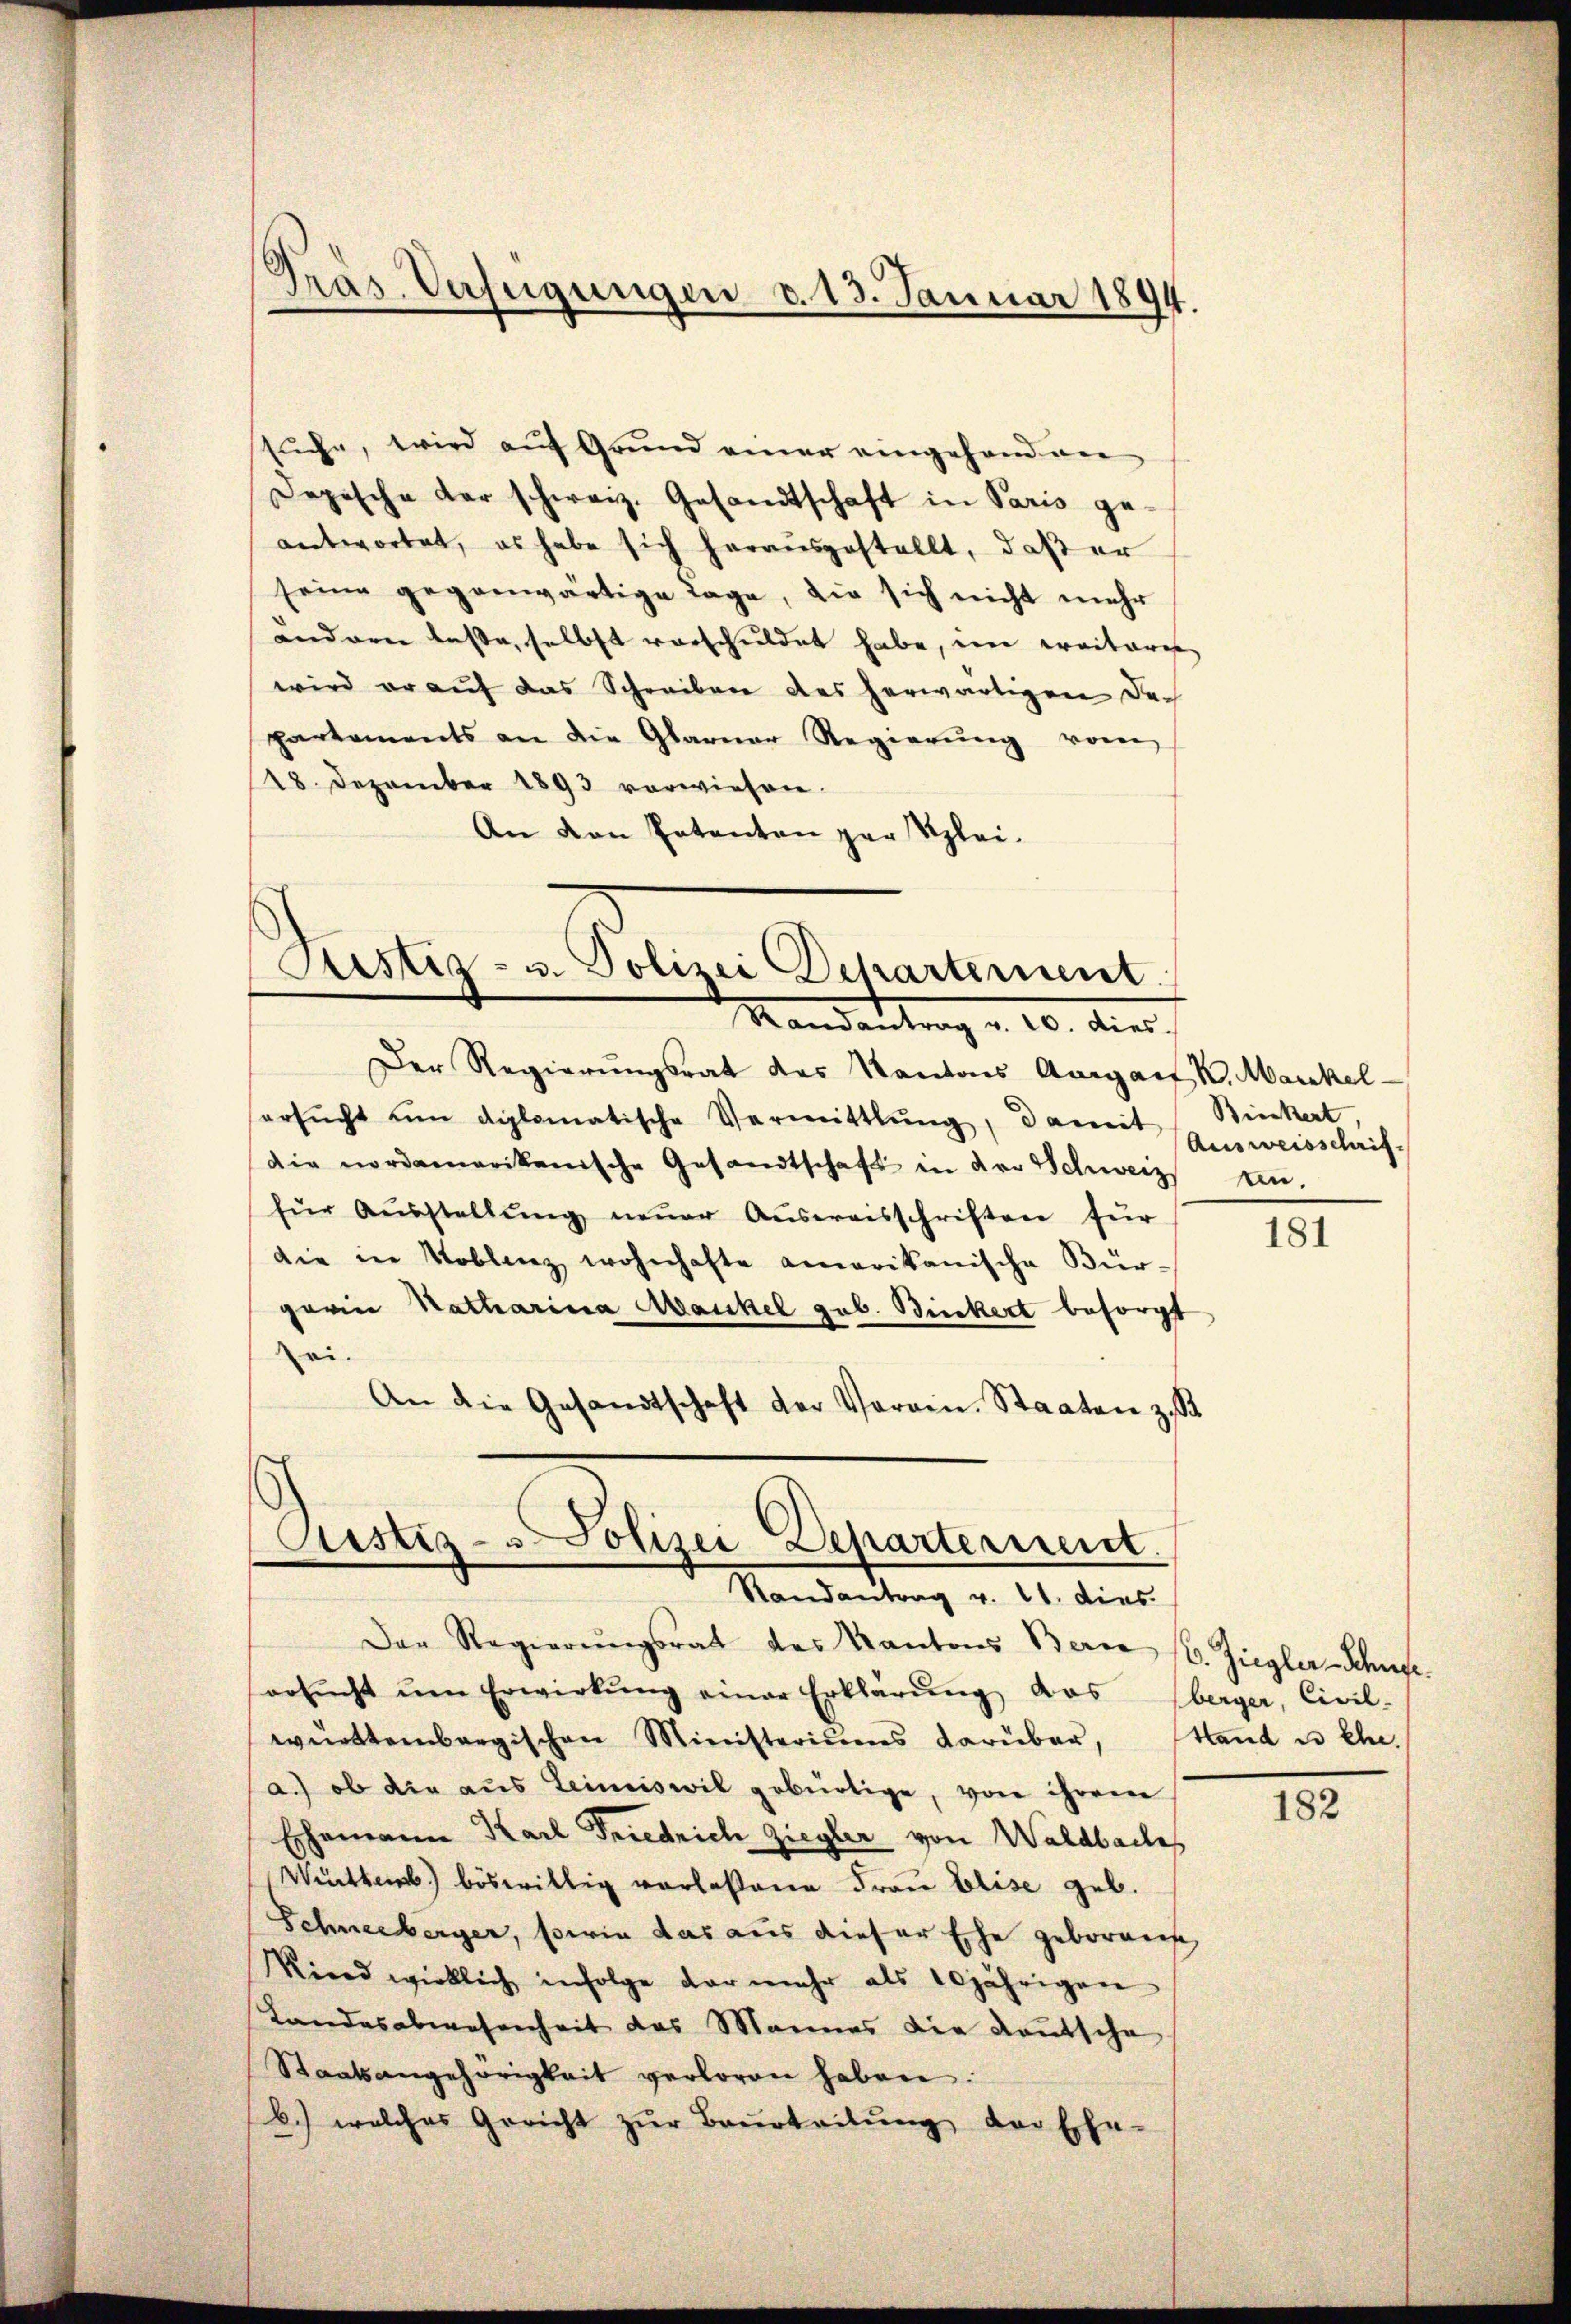
Pras. Verfügungen d. 13. Januar 1894.

sŭche, wird aŭf Grund einer eingehand an
Dopische der schweiz. Gesandtschaft in Paris ge-
antwortet, es habe sich herausgestellt, daß er
seine gegenwärtige Tage, die sich nicht mehr
undren lasse, selbst verschuldet habe, im weiteres
wird er auf das Schreiben des herwärtigen Departements an die Glarner Regierŭng vom
18. Dezember 1893 vorwiesen.
An den Patenten par Klei¬

Justia - u. Polizei Departement
Mandantrag u. 10. dies

Der Regierungsrat des Kantons Aargauf K. Markel
ersŭcht um diplomatische Vermittlung, damit Bieckert
die nordamerikanische Gesandtschaft in der Schweiz ein-
für Aŭsstellŭng neŭer Aŭsweisschriften für
die in Koblenz wohnhafte amerikanische Bürgaria Katharina Mankel geb. Bickert besorgt
ri.
An die Gesandtschaft der Verain. Staaten z. B.

Cistiz- & Polizei Departermeist.
Randantrag v. 21. dies

Der Regierŭngsrat des Kantons Berne 1. Ziegler-Schube
ersŭcht ŭm Erwirkŭng einer Erklärŭng das Oberger, Civil-
württembergischen Ministeriums darüber, Hand u. Ehe.
a.) ob die aus Leineswil gebürtige, von ihrem
Ehemanne Karl Friedrich Ziegler von Waldbache
Wetten) böswillig vorlesene Frau Elise geb.
Schneeberger, sowie das aus dieser Ehe geboren
Rind wirklich infolge der mehr als 10jährigen
Landesabwesenheit das Mannes die Kautsche
Staatsangehörigkeit verloren haben.
b.) welches Gericht zŭr Beurteilŭng der Ehe-

Ausweisschrif¬

181

182